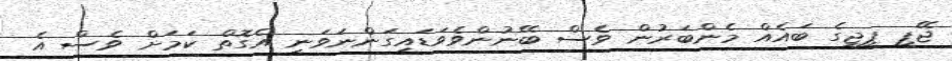
ޖޭޕީ ޕީޖީގެ ބައެއް މެންބަރުން ވެސް ބޭނުންވެވަޑައިގަންނަވަނީ އެގޮތް ކަމަށް ވެސް އެ